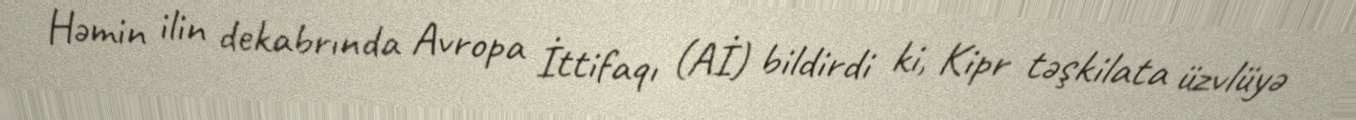
Həmin ilin dekabrında Avropa İttifaqı (Aİ) bildirdi ki, Kipr təşkilata üzvlüyə